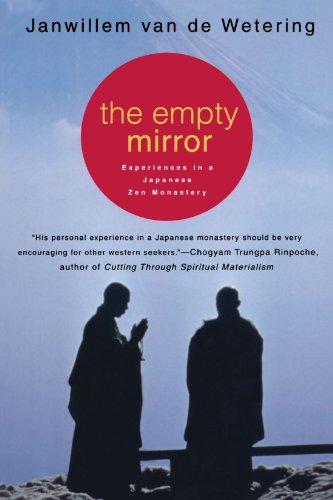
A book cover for The Empty Mirror: Experiences in a Japanese Zen Monastery; Janwillem van de Wetering; Biographies & Memoirs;